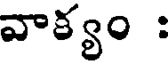
వాక్యం :